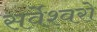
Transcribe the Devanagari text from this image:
सर्वेश्वरो